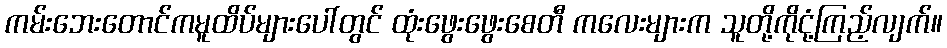
ကမ်းဘေးတောင်ကမူထိပ်များပေါ်တွင် ထုံးဖွေးဖွေးစေတီ ကလေးများက သူတို့ကိုငုံ့ကြည့်လျက်။